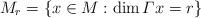
LaTeX: \begin{align*}M_r = \{x \in M: \dim\varGamma x = r\}\end{align*}